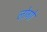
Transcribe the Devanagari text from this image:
लोगोें